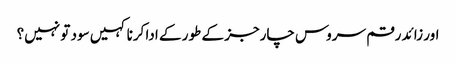
اور زائد رقم سروس چارجز کے طور کے ادا کرنا کہیں سود تو نہیں؟